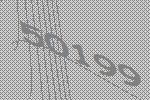
50199